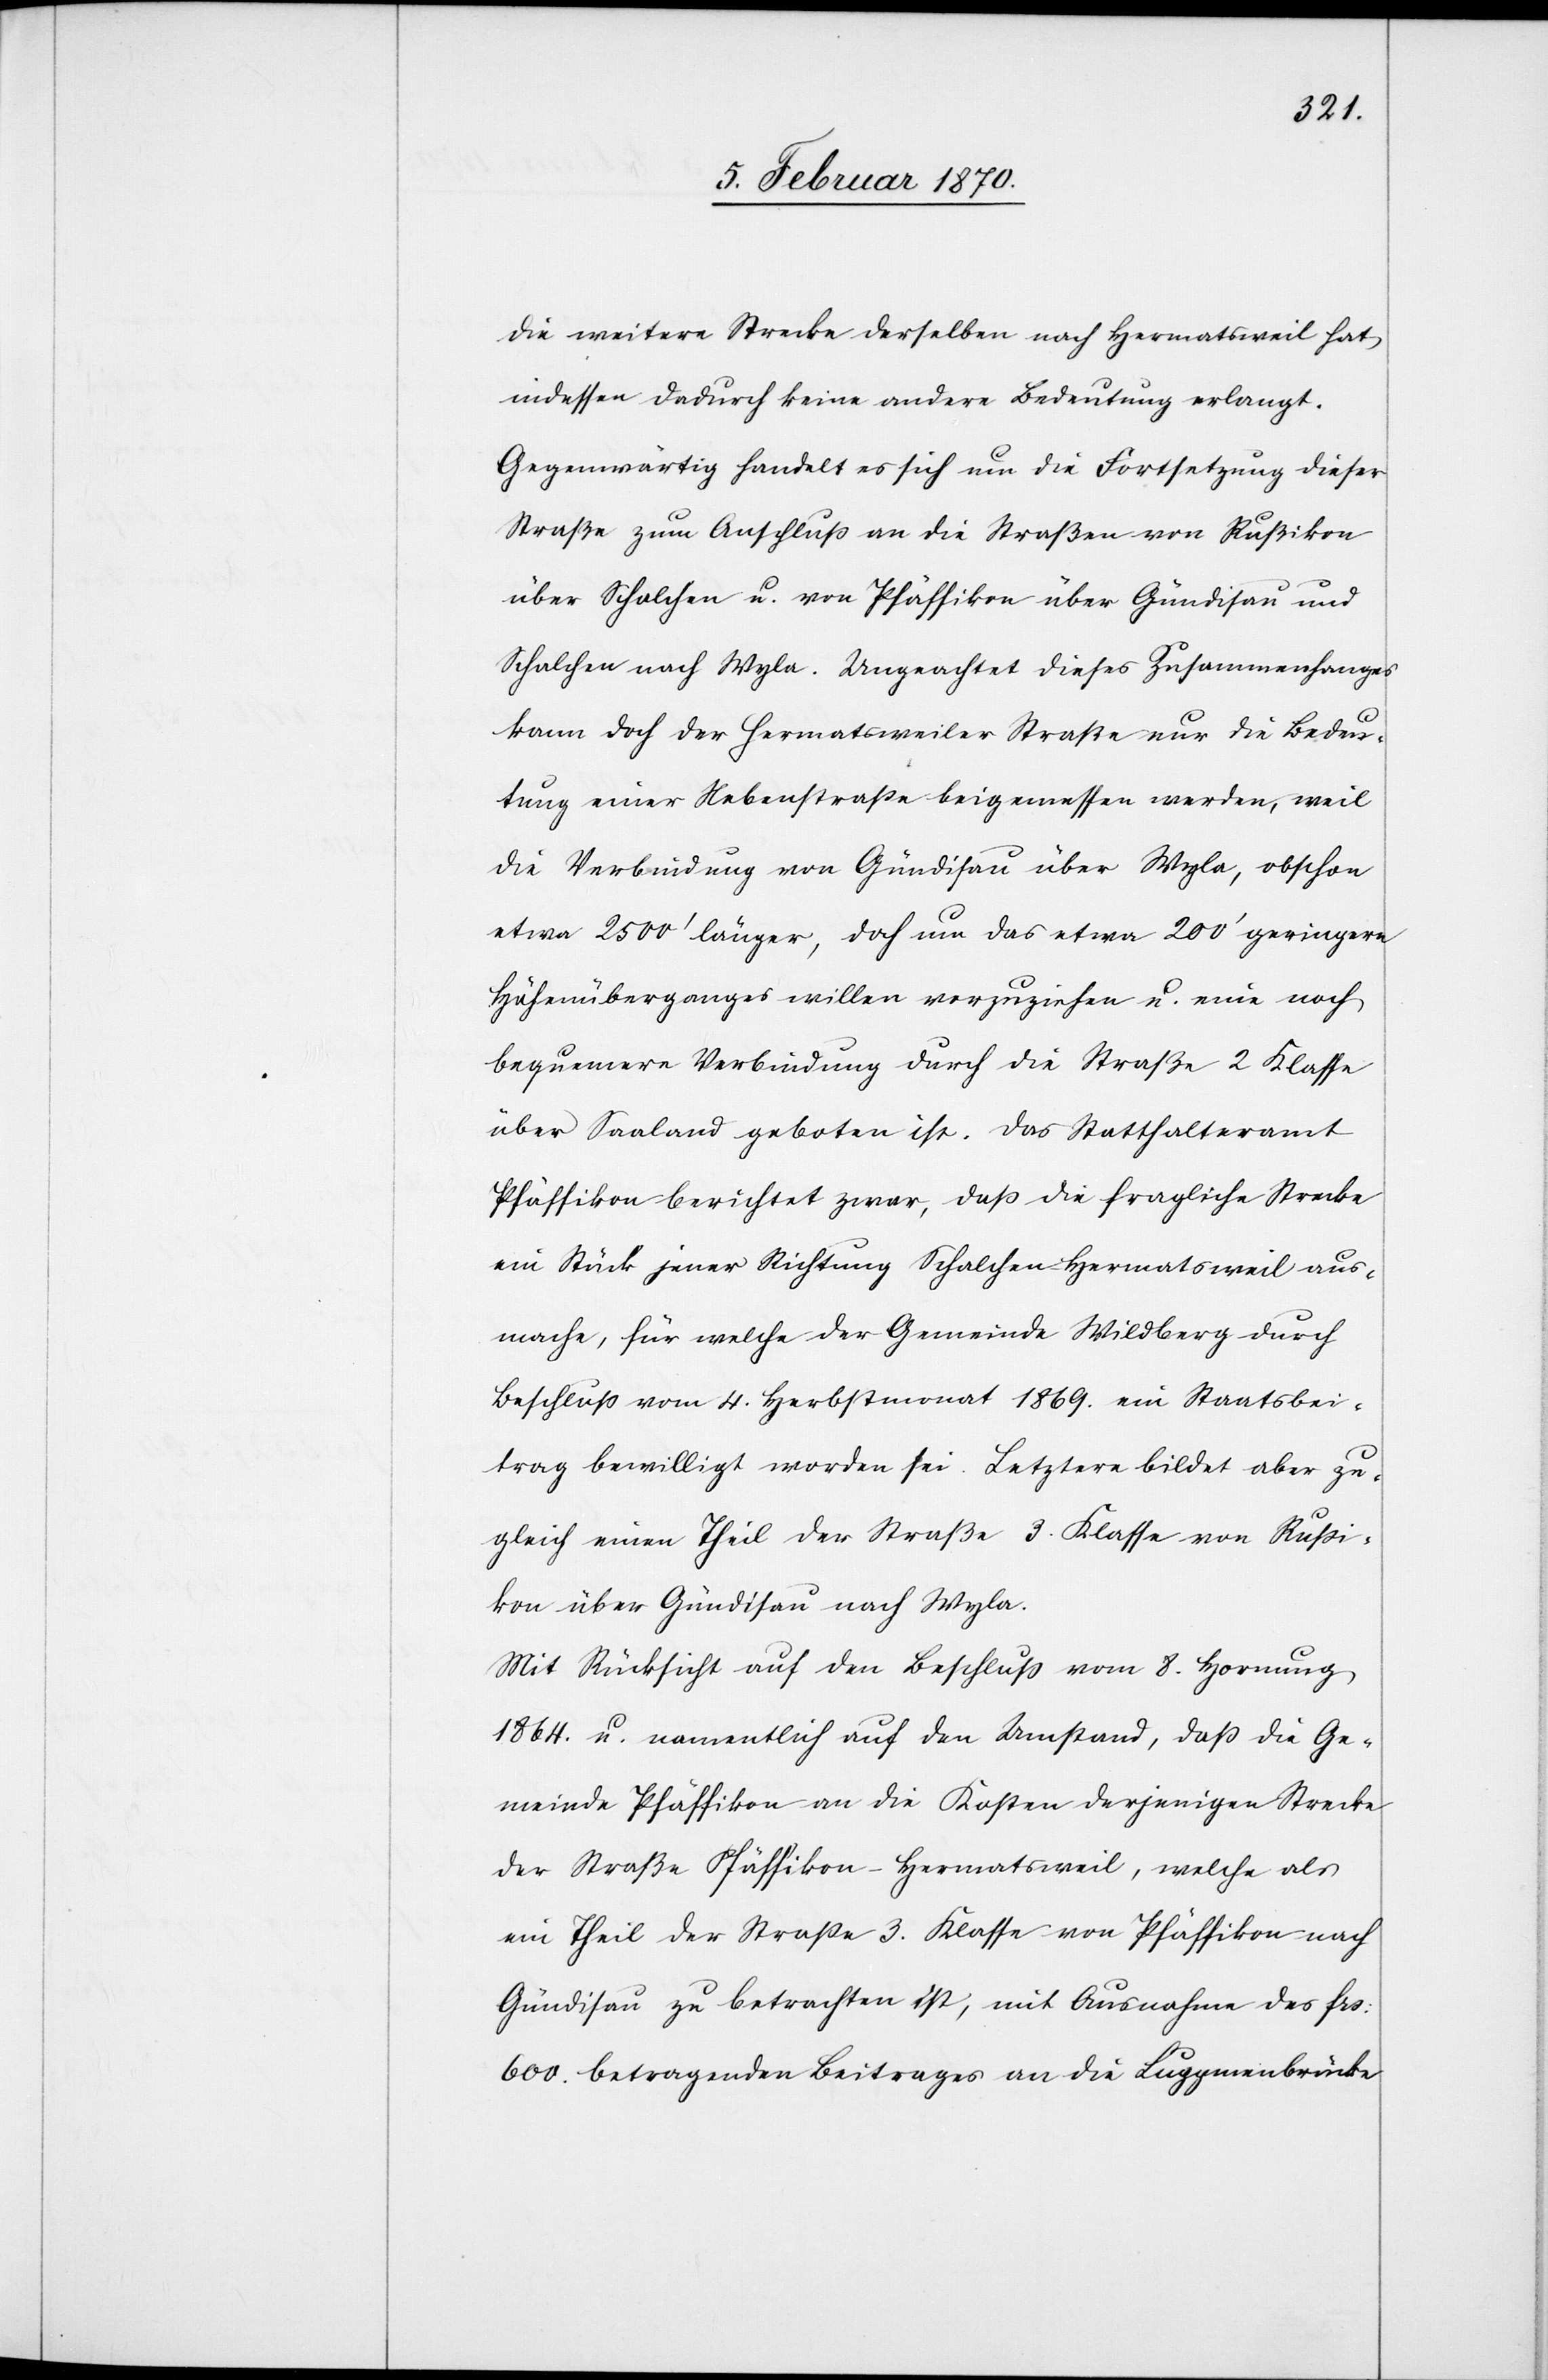
die weitere Strecke derselben nach Hermatsweil hat
indessen dadurch keine andere Bedeutung erlangt.
Gegenwärtig handelt es sich um die Fortsetzung dieser
Straße zum Anschluß an die Straßen vom Rußikon
über Schalchen u. von Pfäffikon über Gündisau und
Schalchen nach Wyla. Ungeachtet dieses Zusammenhanges
kann doch der Hermatsweiler Straße nur die Bedeu¬
tung einer Nebenstrasse beigemessen werden, weil
die Verbindung von Gündisau über Wyla, obschon
etwa 2500’ länger, doch um das etwa 200’ geringere
Höhenüberganges willen vorzuziehen u. eine noch
bequemere Verbindung durch die Straße 2 Klasse
über Saaland geboten ist. Das Statthalteramt
Pfäffikon berichtet zwar, dass die fragliche Strecke
ein Stück jener Richtung Schalchen–Hermatsweil aus¬
mache, für welche der Gemeinde Wildberg durch
Beschluß vom 4. Herbstmonat 1869. ein Staatsbei¬
trag bewilligt worden sei. Letztere bildet aber zu¬
gleich einen Theil der Straße 3. Klasse von Russi¬
kon über Gündisau nach Wyla.
Mit Rücksicht auf den Beschluß vom 8. Hornung
1864. u. namentlich auf den Umstand, daß die Ge¬
meinde Pfäffikon an die Kosten derjenigen Strecke
der Straße Pfäffikon–Hermatsweil, welche als
ein Theil der Strasse 3. Klasse von Pfäffikon nach
Gündisau zu betrachten ist, mit Ausnahme des frs:
600. betragenden Beitrages an die Luppmenbrücke